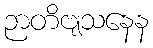
ဉာတိဗျသနေန